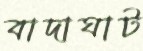
বাদাঘাট